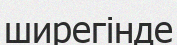
ширегінде